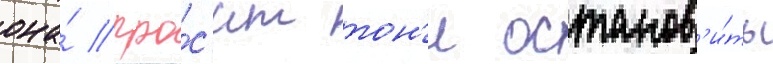
она́ про́с'ит тон'и останов'и́ть